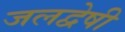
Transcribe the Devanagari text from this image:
जलद्वेषी